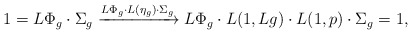
\begin{align*} 1=L\Phi_g\cdot{}\Sigma_g\xrightarrow{L\Phi_g\cdot{}L(\eta_g)\cdot{}\Sigma_g} L\Phi_g\cdot{}L(1,{L}g)\cdot{}L(1,p)\cdot{}\Sigma_g=1, \end{align*}